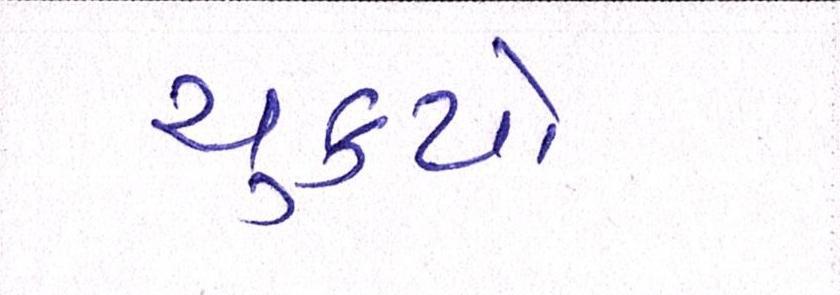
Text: ચુકયો